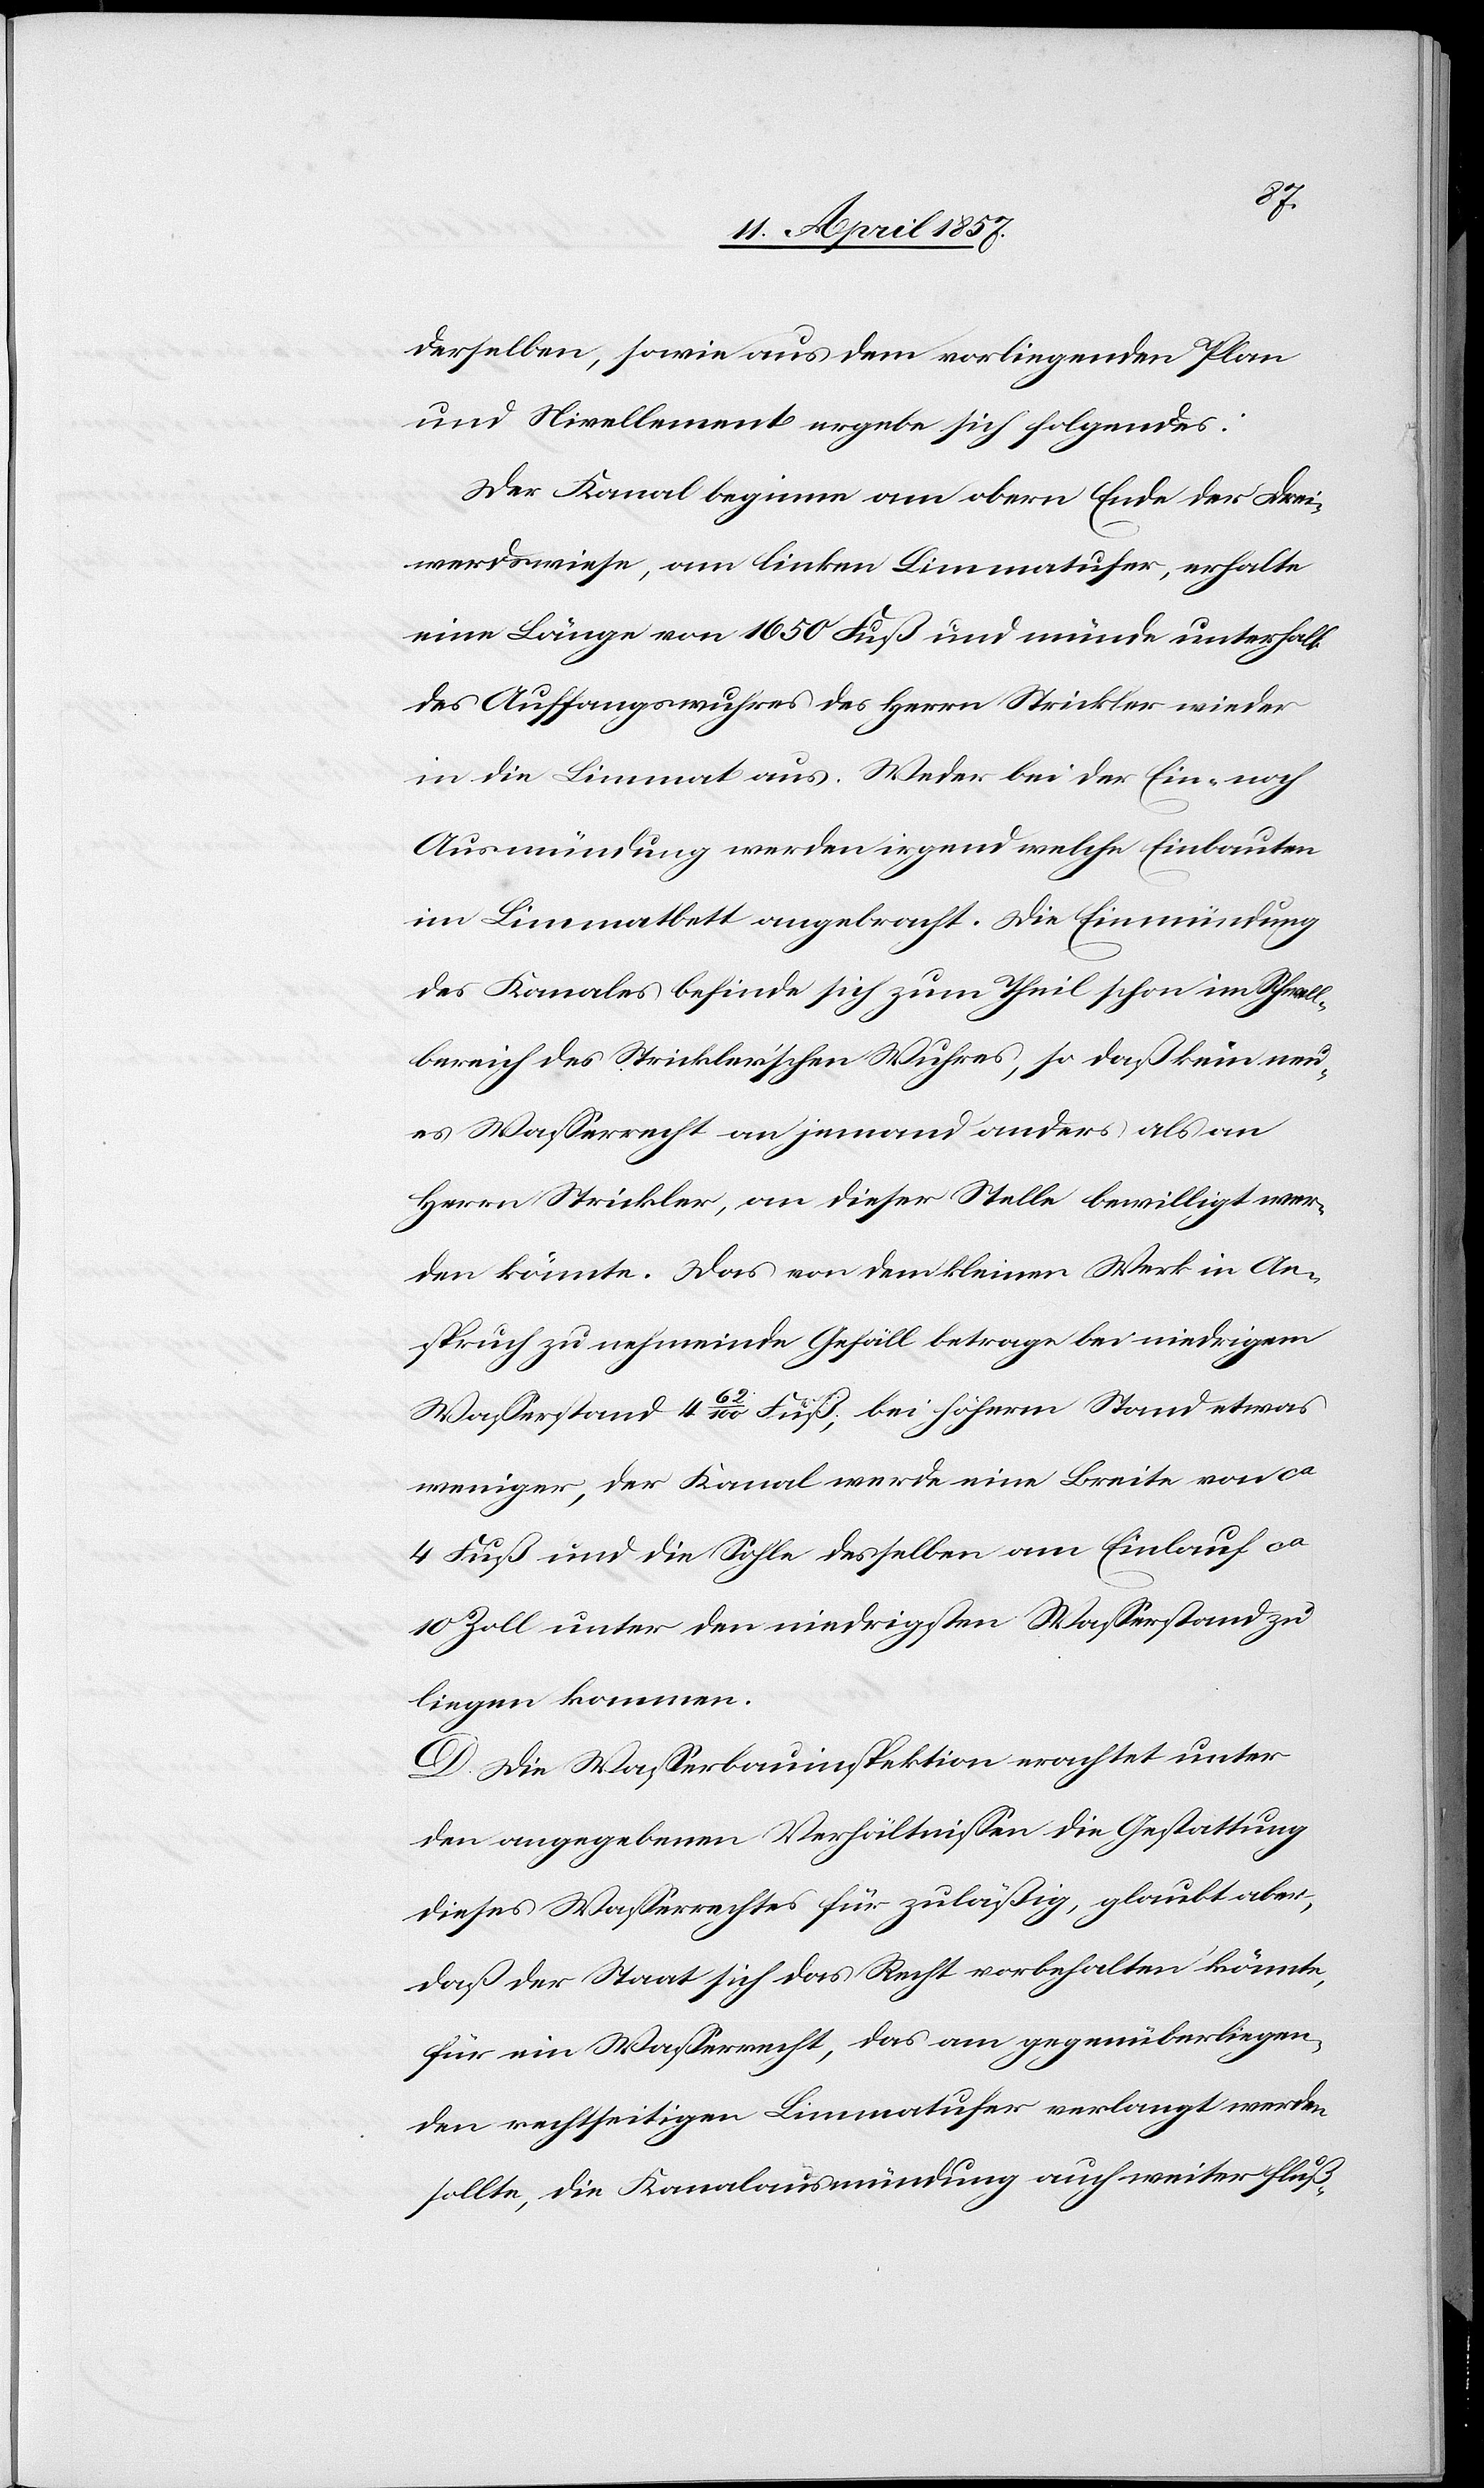
derselben, sowie aus dem vorliegenden Plan
und Nivellement ergebe sich folgendes:
Der Kanal beginne am obern Ende der Drei¬
werdswiese, am linken Limmatufer, erhalte
eine Länge von 1650 Fuß und münde unterhalb
des Auffangswuhres des Herrn Strickler wieder
in die Limmat aus. Weder bei der Ein- noch
Ausmündung werden irgend welche Einbauten
im Limmatbett angebracht. Die Einmündung
des Kanales befinde sich zum Theil schon im Schwell¬
bereich des Strickler'schen Wuhres, so daß kein neu¬
es Wasserrecht an jemand anders als an
Herrn Strickler, an dieser Stelle bewilligt wer¬
den könnte. Das von dem kleinen Werk in An¬
spruch zu nehmende Gefäll betrage bei niedrigem
Wasserstand 4 62/100 Fuß, bei höherm Stand etwas
weniger, der Kanal werde eine Breite von ca
4 Fuß und die Sohle desselben am Einlauf ca
10 Zoll unter den niedrigsten Wasserstand zu
liegen kommen.
D. Die Wasserbauinspektion erachtet unter
den angegebenen Verhältnissen die Gestattung
dieses Wasserrechtes für zuläßig, glaubt aber,
daß der Staat sich das Recht vorbehalten könnte,
für ein Wasserrecht, das am gegenüberliegen¬
den rechtseitigen Limmatufer verlangt werden
sollte, die Kanalausmündung auch weiter fluß-